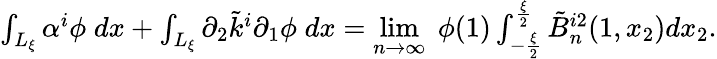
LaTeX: \begin{array}{r}{\int_{L_{\xi}}{\alpha^{i}\phi\; dx}+\int_{L_{\xi}}{\partial_{2}\tilde{k}^{i}\partial_{1}\phi\; dx}=\underset{n\to\infty}{\operatorname*{lim}}\; \phi(1)\int_{-\frac{\xi}{2}}^{\frac{\xi}{2}}\tilde{B}_{n}^{i2}(1,x_{2})dx_{2}.}\end{array}